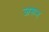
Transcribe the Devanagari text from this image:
जरून